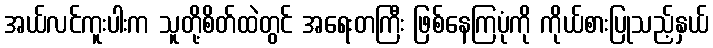
အယ်လင်ကူးပါးက သူတို့စိတ်ထဲတွင် အရေးတကြီး ဖြစ်နေကြပုံကို ကိုယ်စားပြုသည့်နှယ်